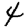
Digit: 4